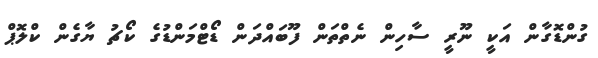
ގުންޑޮގާން އަކީ ނޫރީ ސާހިން ނެތްތަން ފޫބައްދަން ޑޯޓްމަންޑުގެ ކޯޗު ޔާގެން ކްލޮޕް